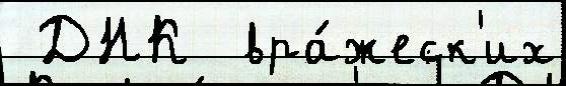
 ДНК  вра́жеск'их